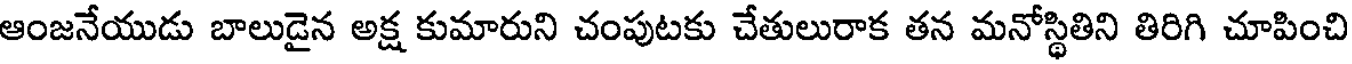
ఆంజనేయుడు బాలుడైన అక్ష కుమారుని చంపుటకు చేతులురాక తన మనోస్థితిని తిరిగి చూపించి